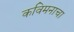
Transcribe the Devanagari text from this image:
कविमनाचा